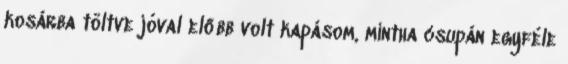
kosárba töltve jóval előbb volt kapásom, mintha csupán egyféle